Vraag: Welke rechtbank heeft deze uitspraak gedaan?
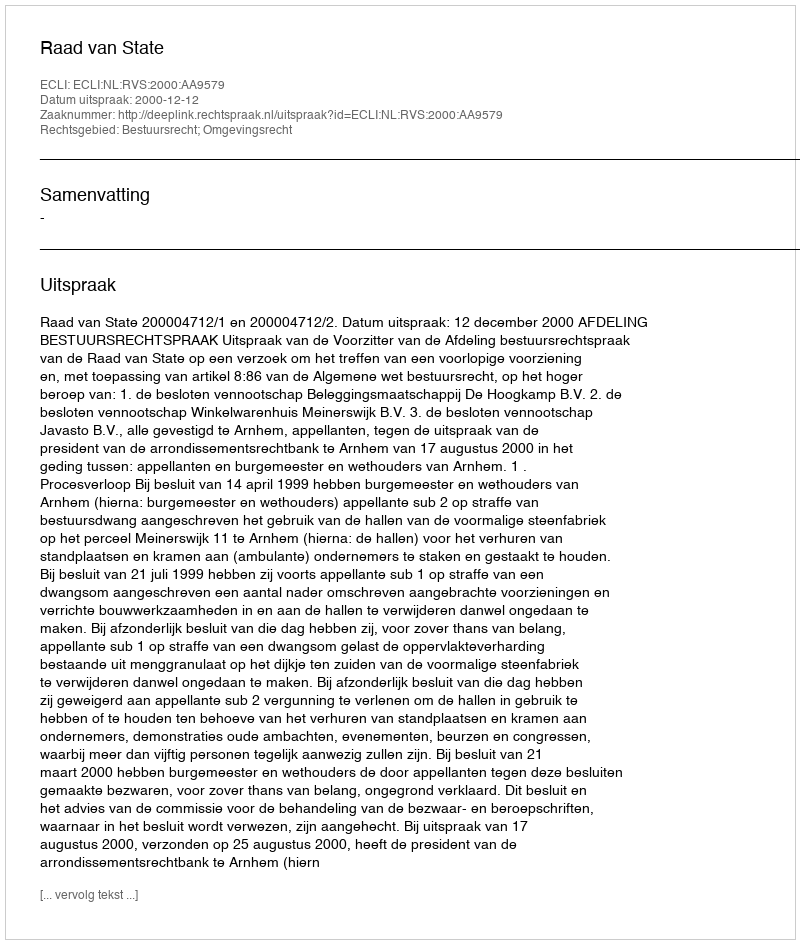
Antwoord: Raad van State